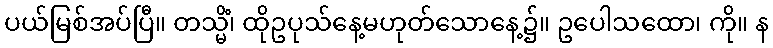
ပယ်မြစ်အပ်ပြီ။ တသ္မိံ၊ ထိုဥပုသ်နေ့မဟုတ်သောနေ့၌။ ဥပေါသထော၊ ကို။ န